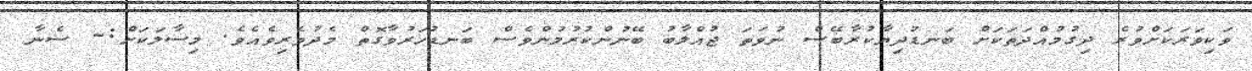
ވަކިވަރަކަށްވުރެ ދިގުމުއްދަތަކަށް ބަނޑުދިޔާކުރާބޭސް ނުވަތަ ޖުއްލާބު ބޭނުންކުރުމުންވެސް ބަނޑުހަރުވާގޮތް މެދުވެރިވެއެވެ. މިސާލަކަށް:- ސެނާ